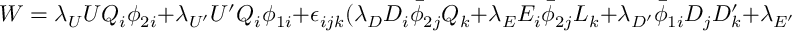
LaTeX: W = \lambda _ { U } U Q _ { i } \phi _ { 2 i } + \lambda _ { U ^ { \prime } } U ^ { \prime } Q _ { i } \phi _ { 1 i } + \epsilon _ { i j k } ( \lambda _ { D } D _ { i } \bar { \phi } _ { 2 j } Q _ { k } + \lambda _ { E } E _ { i } \bar { \phi } _ { 2 j } L _ { k } + \lambda _ { D ^ { \prime } } \bar { \phi } _ { 1 i } D _ { j } D _ { k } ^ { \prime } + \lambda _ { E ^ { \prime } } \bar { \phi } _ { 1 i } E _ { j } E _ { k } ^ { \prime } )